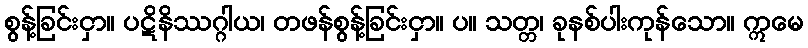
စွန့်ခြင်းငှာ။ ပဋိနိဿဂ္ဂါယ၊ တဖန်စွန့်ခြင်းငှာ။ ပ။ သတ္တ၊ ခုနစ်ပါးကုန်သော။ ဣမေ